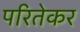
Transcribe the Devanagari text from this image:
परितेकर